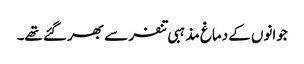
جوانوں کے دماغ مذہبی تنفر سے بھر گئے تھے۔